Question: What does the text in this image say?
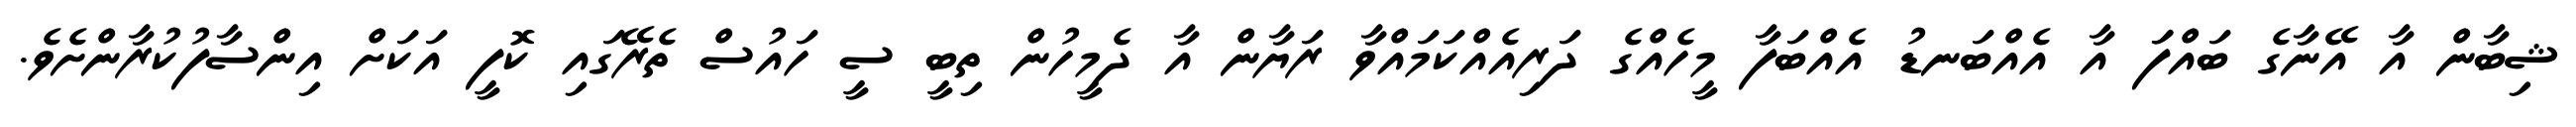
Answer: ޝިބާން އާ އޭނާގެ ބައްފަަ އާ އެއްބަނޑު އެއްބަފާ މީހެއްގެ ދަރިއެއްކަމައްވާ ރަޔާން އާ ދެމީހުން ތިބީ ސީ ހައުސް ތެރޭގައި ކޮފީ އަކަށް އިންސާފުކުރާންށެވެ.